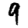
Digit: 9